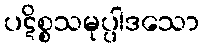
ပဋိစ္စသမုပ္ပါဒသော